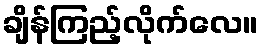
ချိန်ကြည့်လိုက်လေ။